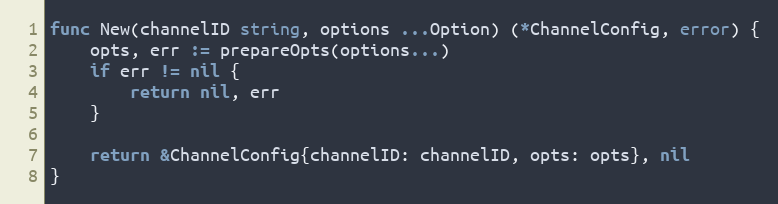
Language: Go
func New(channelID string, options ...Option) (*ChannelConfig, error) {
	opts, err := prepareOpts(options...)
	if err != nil {
		return nil, err
	}

	return &ChannelConfig{channelID: channelID, opts: opts}, nil
}